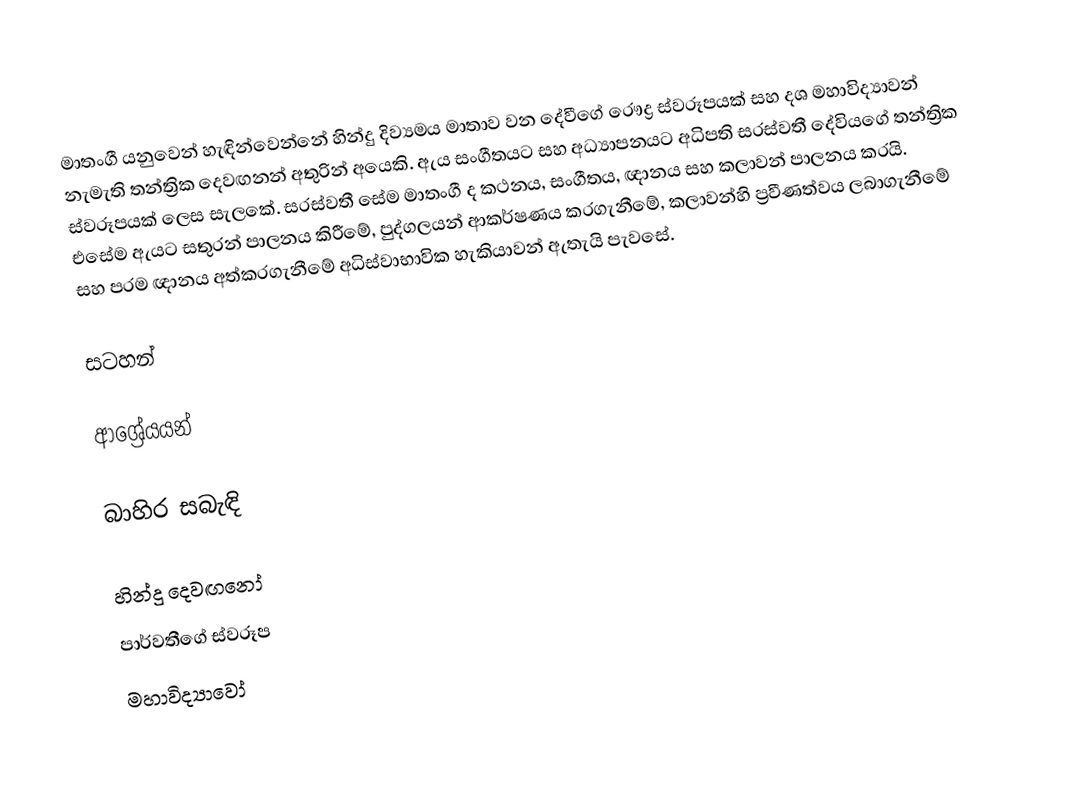
මාතංගී යනුවෙන් හැඳින්වෙන්නේ හින්දු  දිව්‍යමය මාතාව වන දේවීගේ රෞද්‍ර ස්වරූපයක් සහ දශ මහාවිද්‍යාවන් නැමැති තන්ත්‍රික දෙවඟනන් අතුරින් අයෙකි. ඇය සංගීතයට සහ අධ්‍යාපනයට අධිපති සරස්වතී දේවියගේ තන්ත්‍රික ස්වරූපයක් ලෙස සැලකේ. සරස්වතී සේම මාතංගී ද කථනය, සංගීතය, ඥානය සහ කලාවන් පාලනය කරයි. එසේම ඇයට සතුරන් පාලනය කිරීමේ, පුද්ගලයන් ආකර්ෂණය කරගැනීමේ, කලාවන්හි ප්‍රවීණත්වය ලබාගැනීමේ සහ පරම ඥානය අත්කරගැනීමේ අධිස්වාභාවික හැකියාවන් ඇතැයි පැවසේ.

සටහන්

ආශ්‍රේයයන්

බාහිර සබැඳි

හින්දු දෙවඟනෝ
පාර්වතීගේ ස්වරූප
මහාවිද්‍යාවෝ